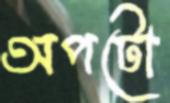
অপটো